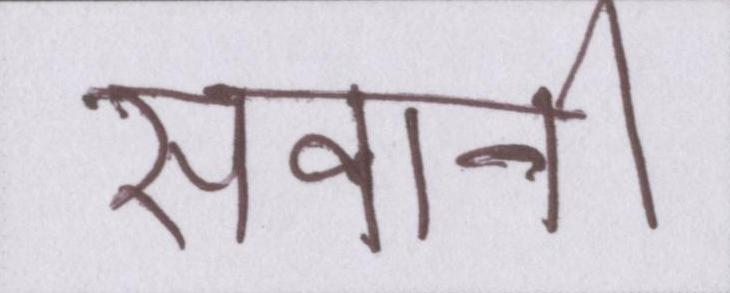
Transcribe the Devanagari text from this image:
सवानी